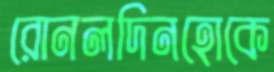
রোনলদিনহোকে